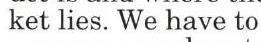
ket lies. We have to